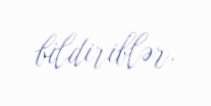
bildiriblər.